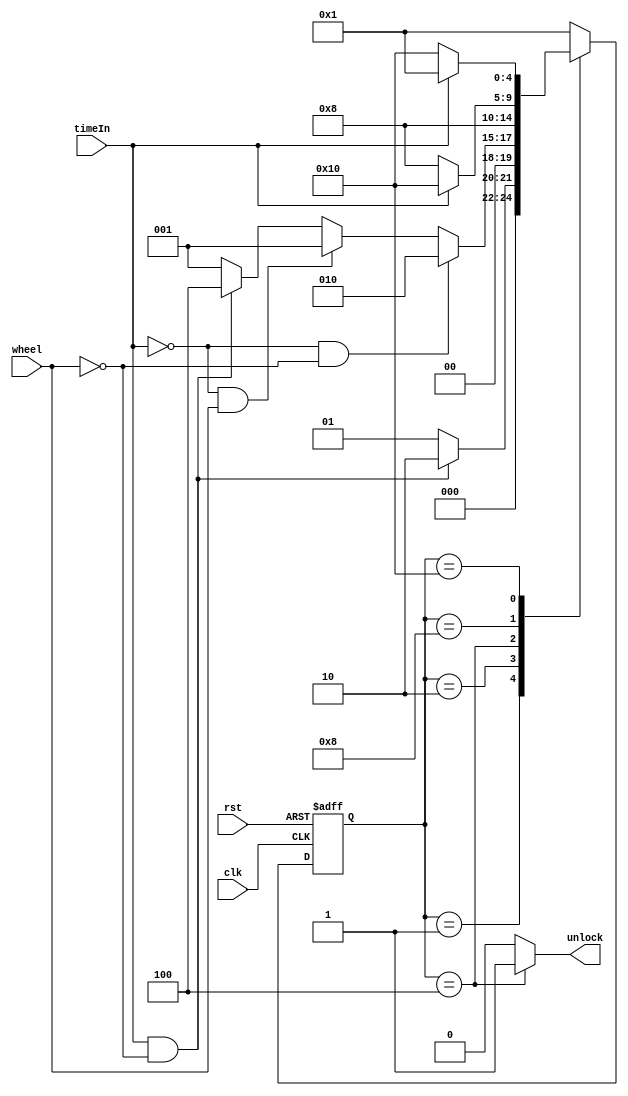
module ABS_moore (rst,clk,timeIn,wheel,unlock);
	input rst, clk, timeIn, wheel;
	output  unlock;
	
	//your design..
    
	reg[4:0] state;
        reg[4:0] next_state;
    
    `define S0  5'b00001
    `define S1  5'b00010
    `define S2  5'b00100
    `define S3  5'b01000
    `define S4  5'b10000
   
    
    
        always @(posedge clk or posedge rst) begin
//            $display(" state now : %b\n ",next_state);
	    if(rst)
                state <= `S0;
            else 
                state <= next_state;
        end
        
        always @(*) begin
            case (state) 
                `S0: 
                    if(timeIn==1 && wheel==0)
                        next_state=`S1;
                    else if(timeIn==0 && wheel==0)
                        next_state=`S0;
                     else if(timeIn==0 && wheel==1)
                     next_state=`S0;
                     else
                     next_state=`S0;
                `S1: 
                    if(timeIn==0 && wheel==0)
                        next_state=`S1;
                    else if(timeIn==0 && wheel==1)
                        next_state=`S0;
                     else if(timeIn==1 && wheel==0)begin
                        next_state=`S2;
                            

                        end
                     else
                     next_state=`S0;
                `S2: begin
                        next_state=`S3;
			end
		`S3:
                    if(timeIn==1)
                    next_state=`S4;
                    else begin
                    next_state=`S3;
			end
                `S4:
                     if(timeIn==1)
                     next_state=`S0;
                     else
                    next_state=`S4;        
		default:begin
			next_state=`S0;
			end
            endcase
//$display("timeIn: %b wheel: %b state: %b next_state: %b \n ",timeIn,wheel,state,next_state);	
        end
        assign unlock = (state==5'b00100)?1:0 ;
    
// Edit your module contents here











endmodule